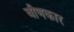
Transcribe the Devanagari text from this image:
बीणकार